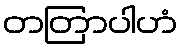
တတြာပါဟံ